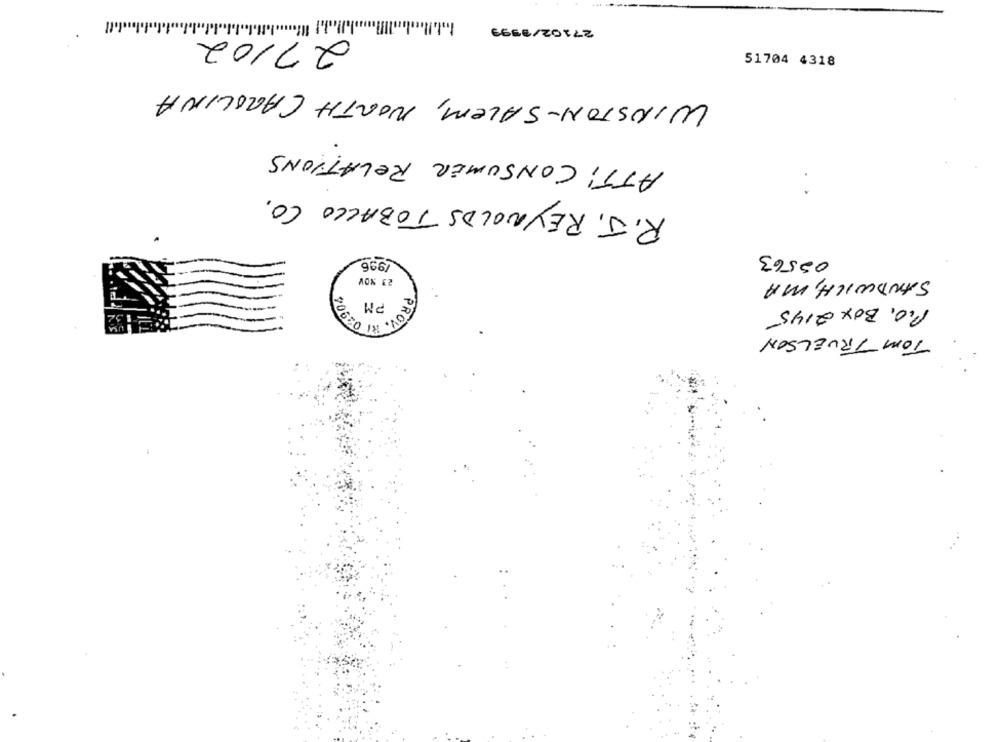
27102/1999
27/02
51704 4318
WINSTON-SALEM, NORTH CAROLINA
ATTi CONSUMER RELATIONS
R.J. REYNOLDS TOBACCO CO.
1996
05563
23 NOV
SANDWICH, MA
P.O. BOX 2145
PROV.
POSTOS
TOM TRUELSON